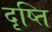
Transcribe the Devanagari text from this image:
दृष्ति